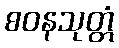
စဝနသုတ္တံ